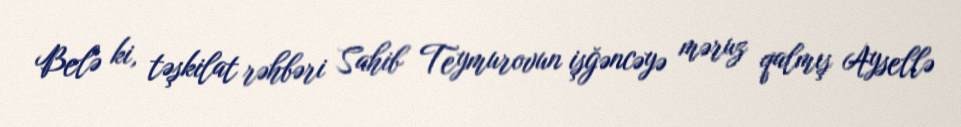
Belə ki, təşkilat rəhbəri Sahib Teymurovun işğəncəyə məruz qalmış Aysellə